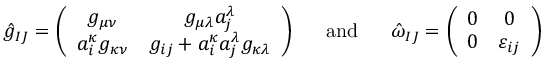
\begin{array} { c c c } { { \hat { g } _ { I J } = \left( \begin{array} { c c } { { g _ { \mu \nu } } } & { { g _ { \mu \lambda } a _ { j } ^ { \lambda } } } \\ { { a _ { i } ^ { \kappa } g _ { \kappa \nu } } } & { { g _ { i j } + a _ { i } ^ { \kappa } a _ { j } ^ { \lambda } g _ { \kappa \lambda } } } \end{array} \right) } } & { { \ \ \mathrm { a n d } \ \ } } & { { \hat { \omega } _ { I J } = \left( \begin{array} { c c } { { 0 } } & { { 0 } } \\ { { 0 } } & { { \varepsilon _ { i j } } } \end{array} \right) } } \end{array}